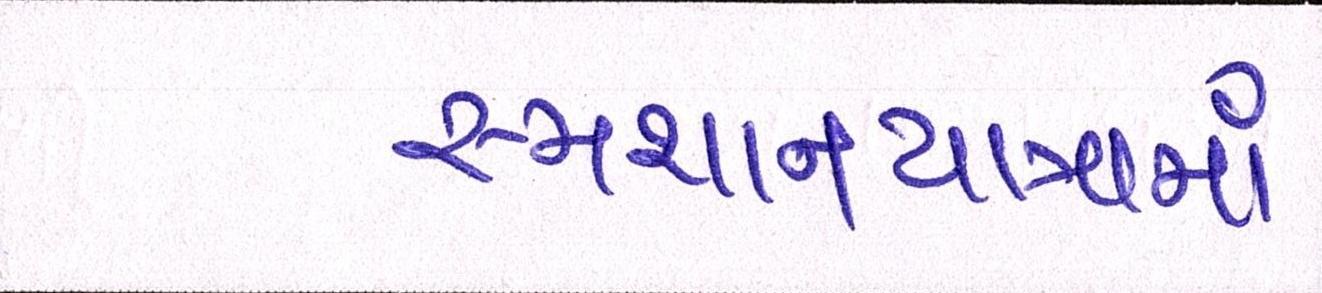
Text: સ્મશાનયાત્રામાં